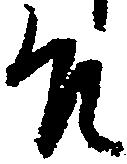
殿